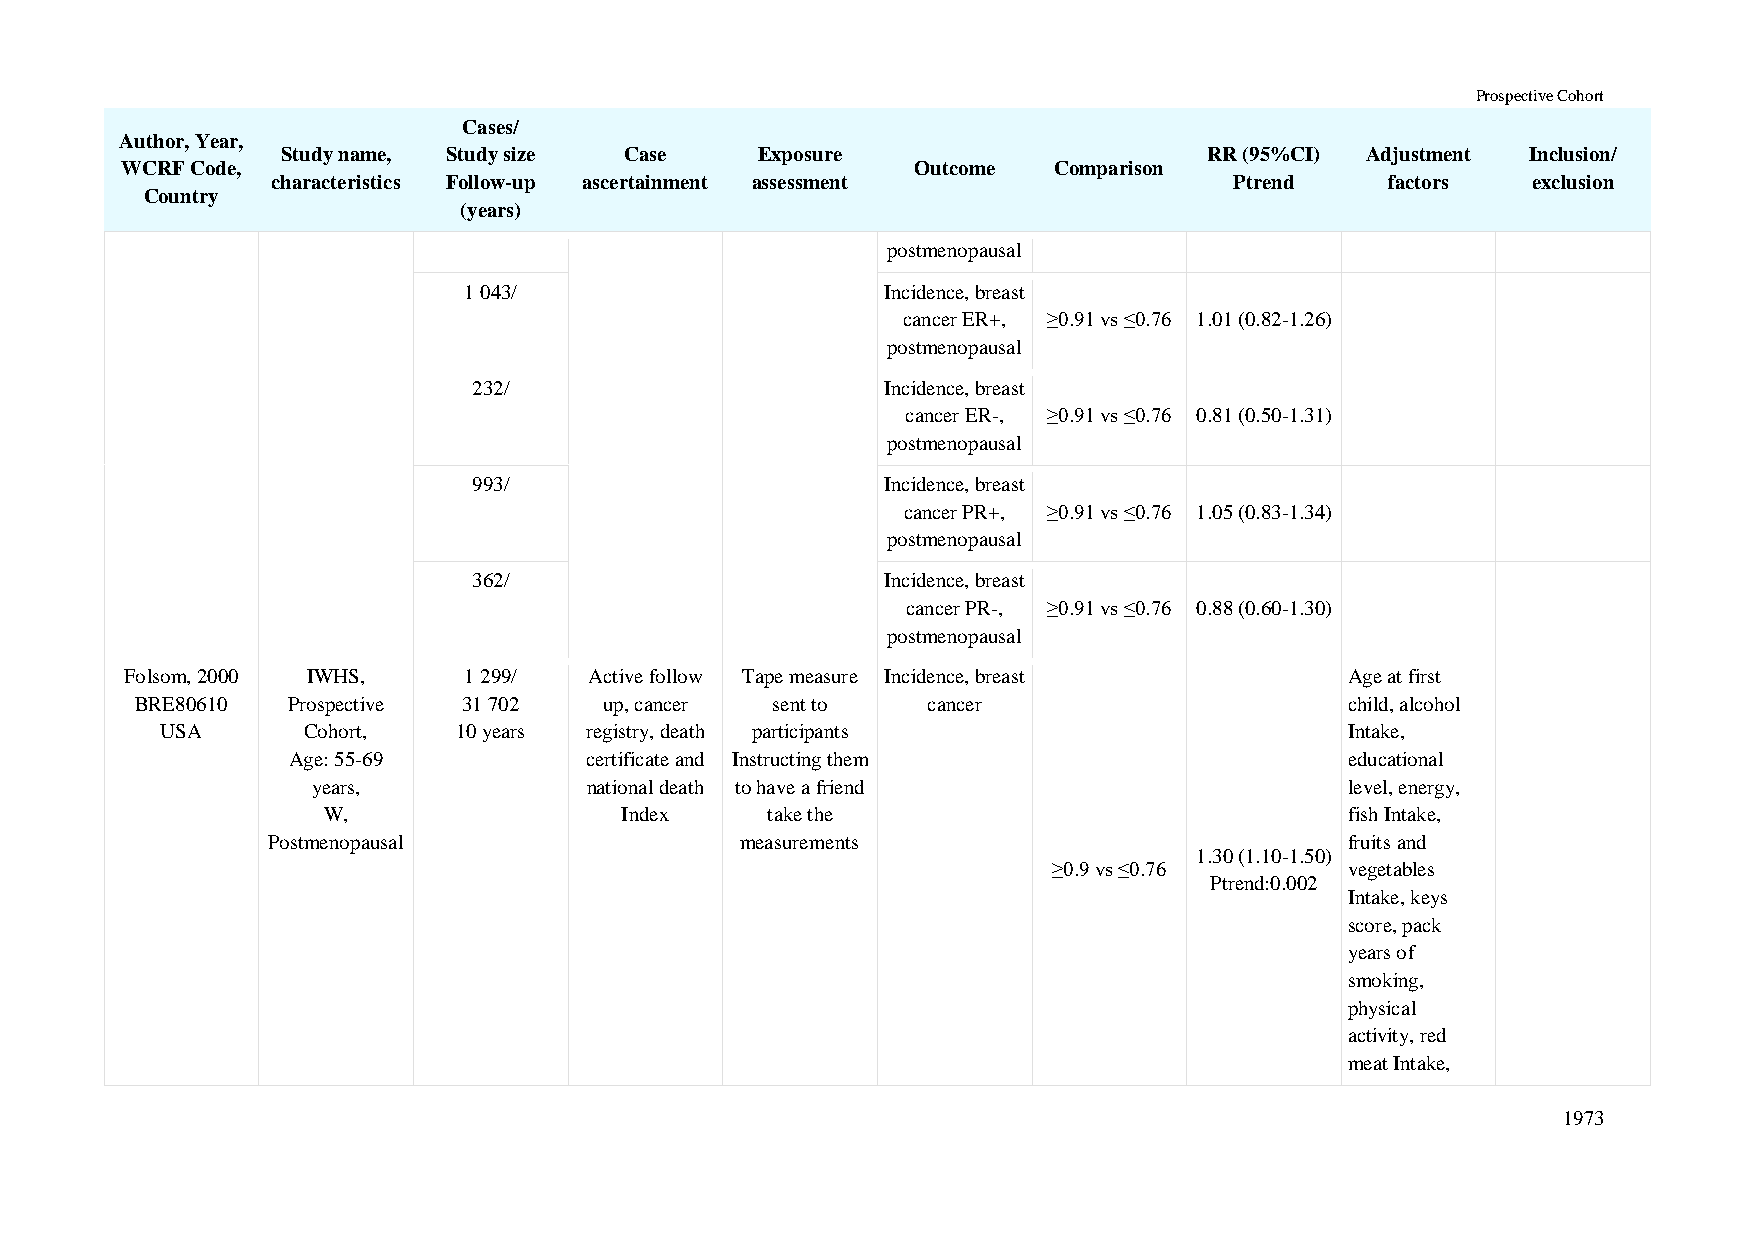
Prospective Cohort
 Cases/
 Author, Year,
 Study name, Study size Case    Exposure                      RR (95%CI) Adjustment Inclusion/
 WCRF Code,                                           Outcome  Comparison
 characteristics Follow-up ascertainment assessment              Ptrend    factors  exclusion
 Country
 (years)
 postmenopausal
 1 043/                      Incidence, breast
 cancer ER+, ≥0.91 vs ≤0.76 1.01 (0.82-1.26)
 postmenopausal
 232/                        Incidence, breast
 cancer ER-, ≥0.91 vs ≤0.76 0.81 (0.50-1.31)
 postmenopausal
 993/                        Incidence, breast
 cancer PR+, ≥0.91 vs ≤0.76 1.05 (0.83-1.34)
 postmenopausal
 362/                        Incidence, breast
 cancer PR-, ≥0.91 vs ≤0.76 0.88 (0.60-1.30)
 postmenopausal
 Folsom, 2000 IWHS,     1 299/  Active follow Tape measure Incidence, breast      Age at first
 BRE80610  Prospective 31 702   up, cancer sent to   cancer                      child, alcohol
 USA      Cohort,   10 years registry, death participants                      Intake,
 Age: 55-69          certificate and Instructing them                  educational
 years,            national death to have a friend                   level, energy,
 W,                  Index     take the                              fish Intake,
 Postmenopausal                 measurements                            fruits and
 1.30 (1.10-1.50)
 ≥0.9 vs ≤0.76      vegetables
 Ptrend:0.002
 Intake, keys
 score, pack
 years of
 smoking,
 physical
 activity, red
 meat Intake,
 1973